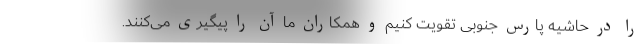
را در حاشیه پارس جنوبی تقویت کنیم و همکاران ما آن را پیگیری می‌کنند.